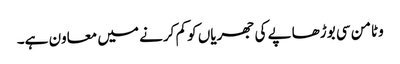
وٹامن سی بوڑھاپے کی جھریاں کو کم کرنے میں معاون ہے۔